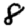
Digit: 8